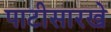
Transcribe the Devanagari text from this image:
पाटीसारखे